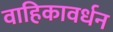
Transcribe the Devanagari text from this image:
वाहिकावर्धन